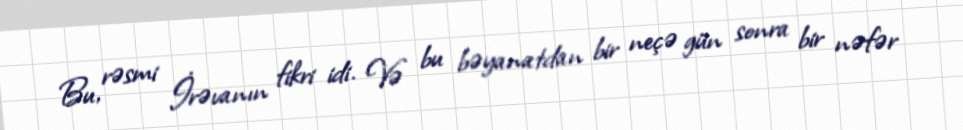
Bu, rəsmi İrəvanın fikri idi. Və bu bəyanatdan bir neçə gün sonra bir nəfər